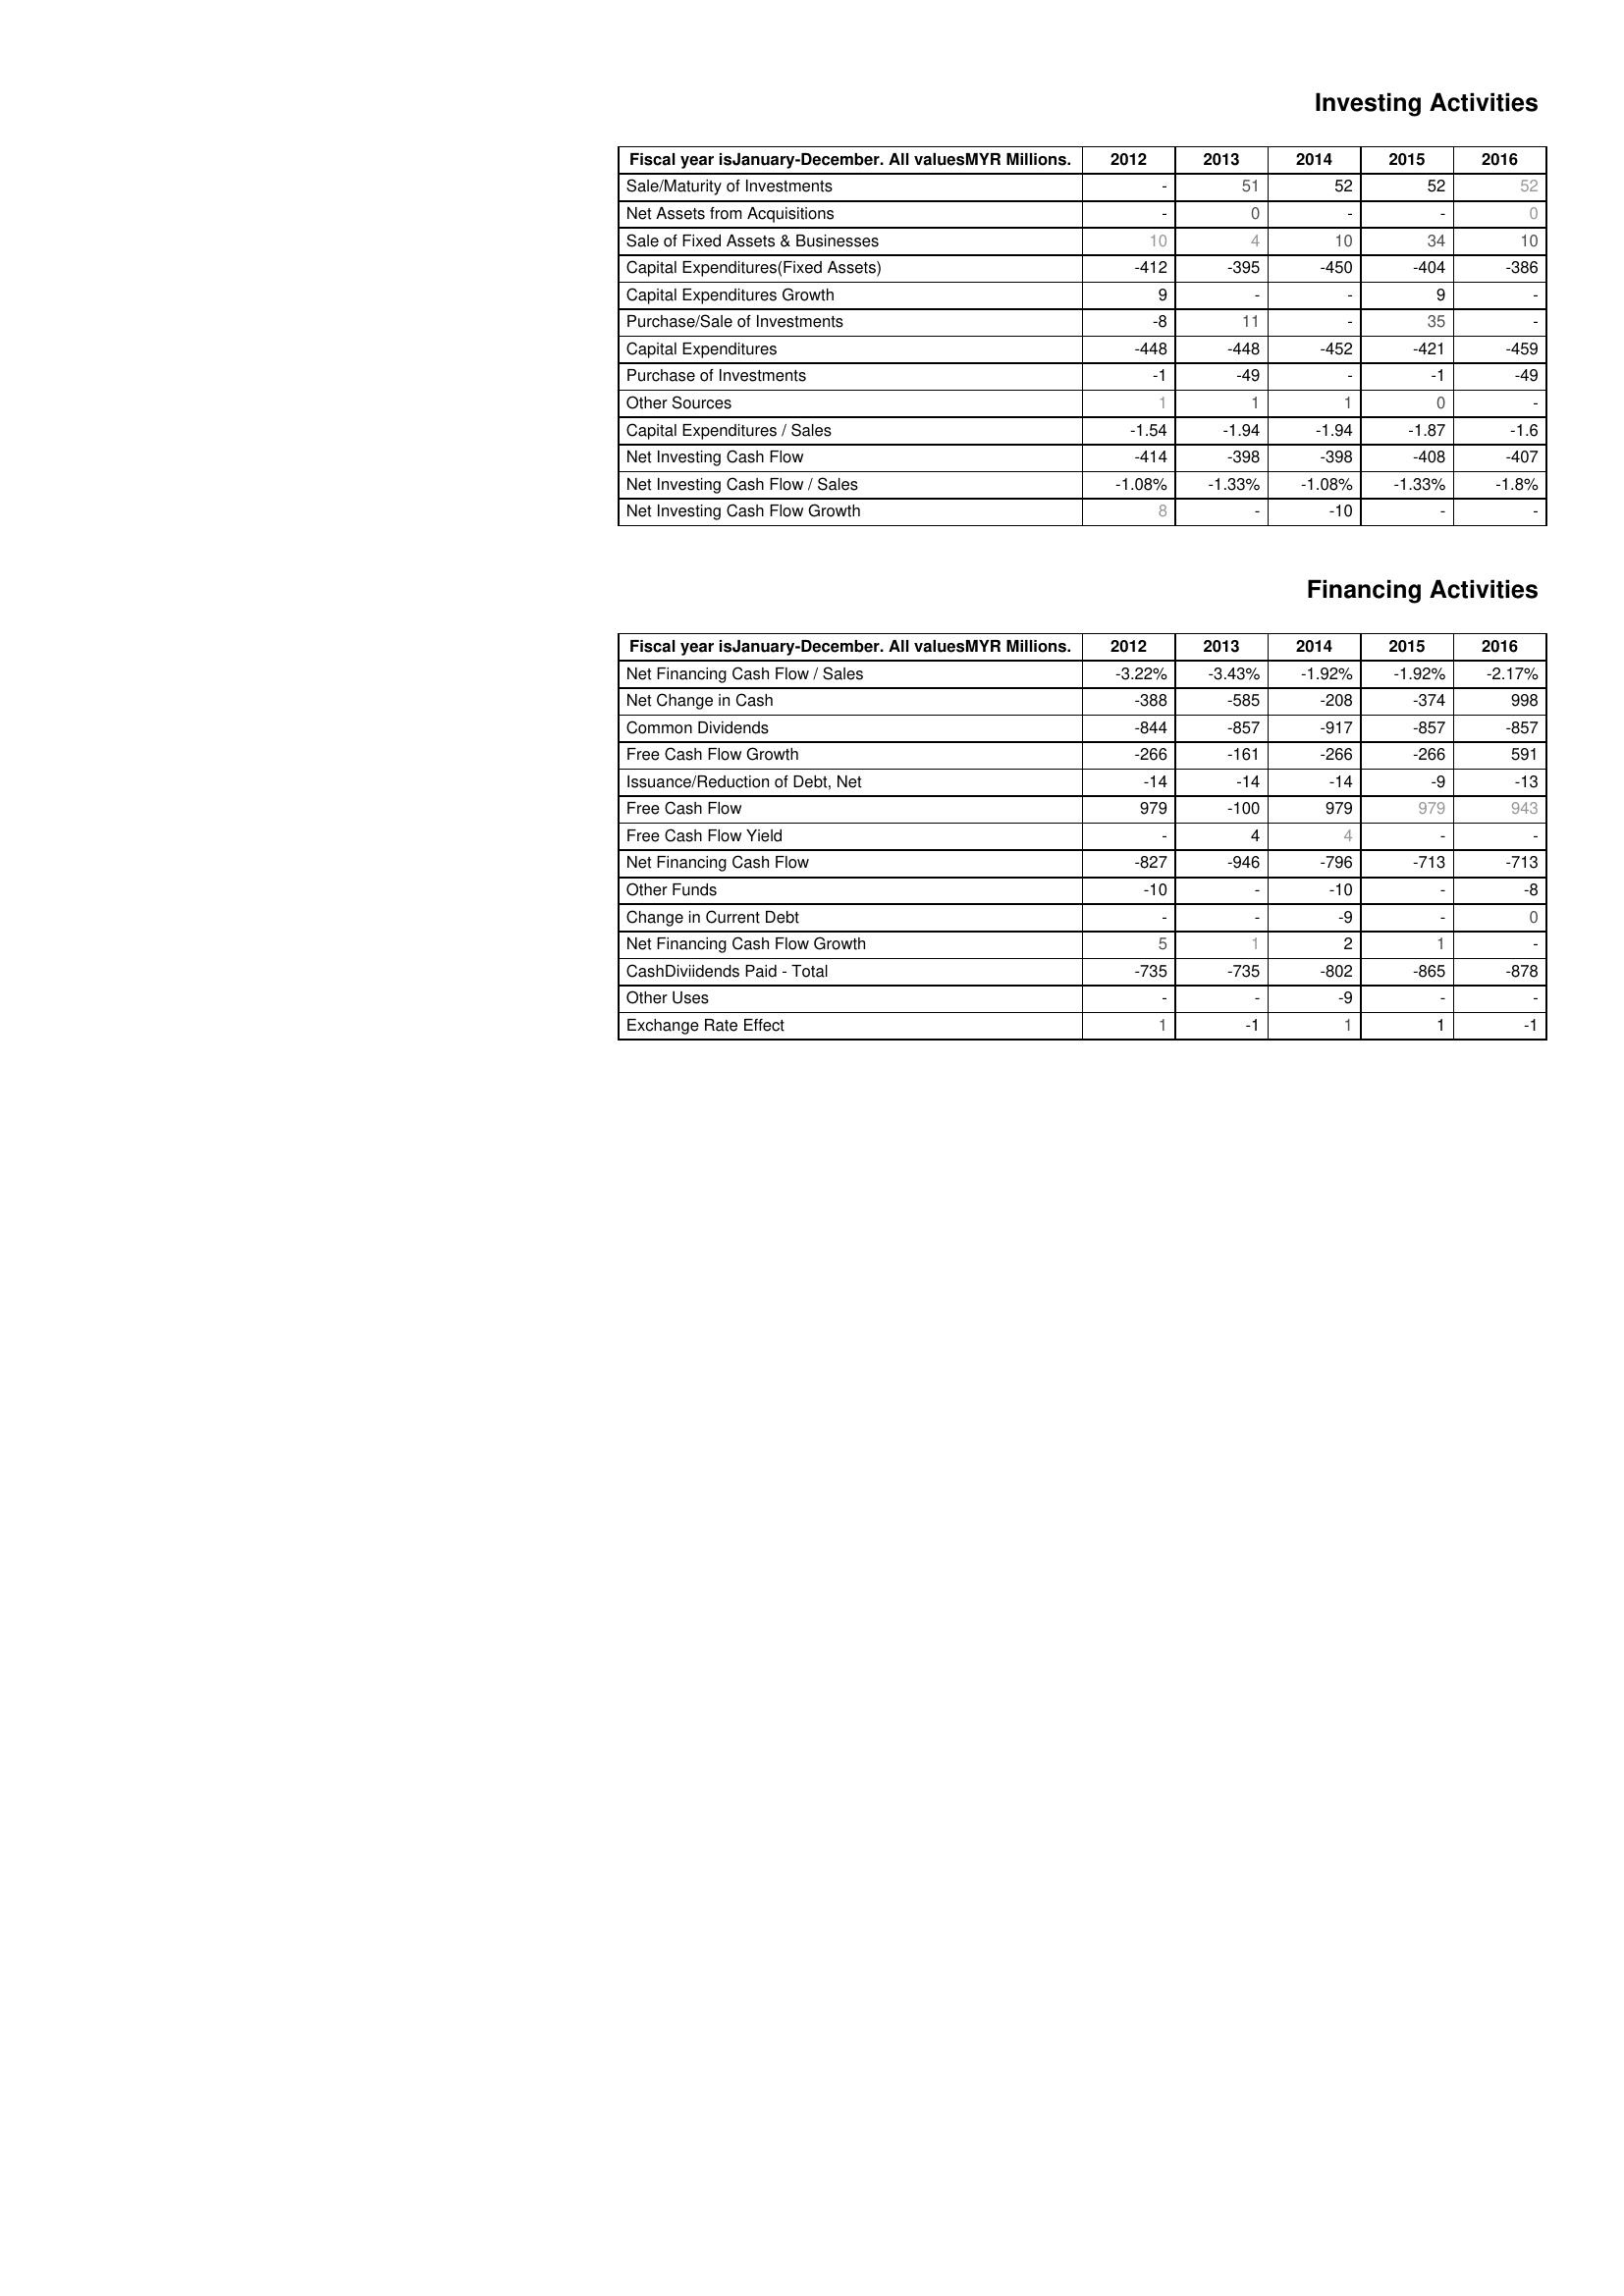
2012: Investing Activities: Sale/Maturity of Investments: -
Net Assets from Acquisitions: -
Sale of Fixed Assets & Businesses: 10
Capital Expenditures(Fixed Assets): -412
Capital Expenditures Growth: 9
Purchase/Sale of Investments: -8
Capital Expenditures: -448
Purchase of Investments: -1
Other Sources: 1
Capital Expenditures / Sales: -1.54
Net Investing Cash Flow: -414
Net Investing Cash Flow / Sales: -1.08%
Net Investing Cash Flow Growth: 8
Financing Activities: Net Financing Cash Flow / Sales: -3.22%
Net Change in Cash: -388
Common Dividends: -844
Free Cash Flow Growth: -266
Issuance/Reduction of Debt, Net: -14
Free Cash Flow: 979
Free Cash Flow Yield: -
Net Financing Cash Flow: -827
Other Funds: -10
Change in Current Debt: -
Net Financing Cash Flow Growth: 5
CashDiviidends Paid - Total: -735
Other Uses: -
Exchange Rate Effect: 1
2013: Investing Activities: Sale/Maturity of Investments: 51
Net Assets from Acquisitions: 0
Sale of Fixed Assets & Businesses: 4
Capital Expenditures(Fixed Assets): -395
Capital Expenditures Growth: -
Purchase/Sale of Investments: 11
Capital Expenditures: -448
Purchase of Investments: -49
Other Sources: 1
Capital Expenditures / Sales: -1.94
Net Investing Cash Flow: -398
Net Investing Cash Flow / Sales: -1.33%
Net Investing Cash Flow Growth: -
Financing Activities: Net Financing Cash Flow / Sales: -3.43%
Net Change in Cash: -585
Common Dividends: -857
Free Cash Flow Growth: -161
Issuance/Reduction of Debt, Net: -14
Free Cash Flow: -100
Free Cash Flow Yield: 4
Net Financing Cash Flow: -946
Other Funds: -
Change in Current Debt: -
Net Financing Cash Flow Growth: 1
CashDiviidends Paid - Total: -735
Other Uses: -
Exchange Rate Effect: -1
2014: Investing Activities: Sale/Maturity of Investments: 52
Net Assets from Acquisitions: -
Sale of Fixed Assets & Businesses: 10
Capital Expenditures(Fixed Assets): -450
Capital Expenditures Growth: -
Purchase/Sale of Investments: -
Capital Expenditures: -452
Purchase of Investments: -
Other Sources: 1
Capital Expenditures / Sales: -1.94
Net Investing Cash Flow: -398
Net Investing Cash Flow / Sales: -1.08%
Net Investing Cash Flow Growth: -10
Financing Activities: Net Financing Cash Flow / Sales: -1.92%
Net Change in Cash: -208
Common Dividends: -917
Free Cash Flow Growth: -266
Issuance/Reduction of Debt, Net: -14
Free Cash Flow: 979
Free Cash Flow Yield: 4
Net Financing Cash Flow: -796
Other Funds: -10
Change in Current Debt: -9
Net Financing Cash Flow Growth: 2
CashDiviidends Paid - Total: -802
Other Uses: -9
Exchange Rate Effect: 1
2015: Investing Activities: Sale/Maturity of Investments: 52
Net Assets from Acquisitions: -
Sale of Fixed Assets & Businesses: 34
Capital Expenditures(Fixed Assets): -404
Capital Expenditures Growth: 9
Purchase/Sale of Investments: 35
Capital Expenditures: -421
Purchase of Investments: -1
Other Sources: 0
Capital Expenditures / Sales: -1.87
Net Investing Cash Flow: -408
Net Investing Cash Flow / Sales: -1.33%
Net Investing Cash Flow Growth: -
Financing Activities: Net Financing Cash Flow / Sales: -1.92%
Net Change in Cash: -374
Common Dividends: -857
Free Cash Flow Growth: -266
Issuance/Reduction of Debt, Net: -9
Free Cash Flow: 979
Free Cash Flow Yield: -
Net Financing Cash Flow: -713
Other Funds: -
Change in Current Debt: -
Net Financing Cash Flow Growth: 1
CashDiviidends Paid - Total: -865
Other Uses: -
Exchange Rate Effect: 1
2016: Investing Activities: Sale/Maturity of Investments: 52
Net Assets from Acquisitions: 0
Sale of Fixed Assets & Businesses: 10
Capital Expenditures(Fixed Assets): -386
Capital Expenditures Growth: -
Purchase/Sale of Investments: -
Capital Expenditures: -459
Purchase of Investments: -49
Other Sources: -
Capital Expenditures / Sales: -1.6
Net Investing Cash Flow: -407
Net Investing Cash Flow / Sales: -1.8%
Net Investing Cash Flow Growth: -
Financing Activities: Net Financing Cash Flow / Sales: -2.17%
Net Change in Cash: 998
Common Dividends: -857
Free Cash Flow Growth: 591
Issuance/Reduction of Debt, Net: -13
Free Cash Flow: 943
Free Cash Flow Yield: -
Net Financing Cash Flow: -713
Other Funds: -8
Change in Current Debt: 0
Net Financing Cash Flow Growth: -
CashDiviidends Paid - Total: -878
Other Uses: -
Exchange Rate Effect: -1